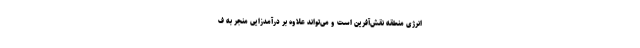
انرژی منطقه نقش‌آفرین است و می‌تواند علاوه بر درآمدزایی منجر به ف